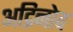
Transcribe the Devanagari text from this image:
अद्रिनोव